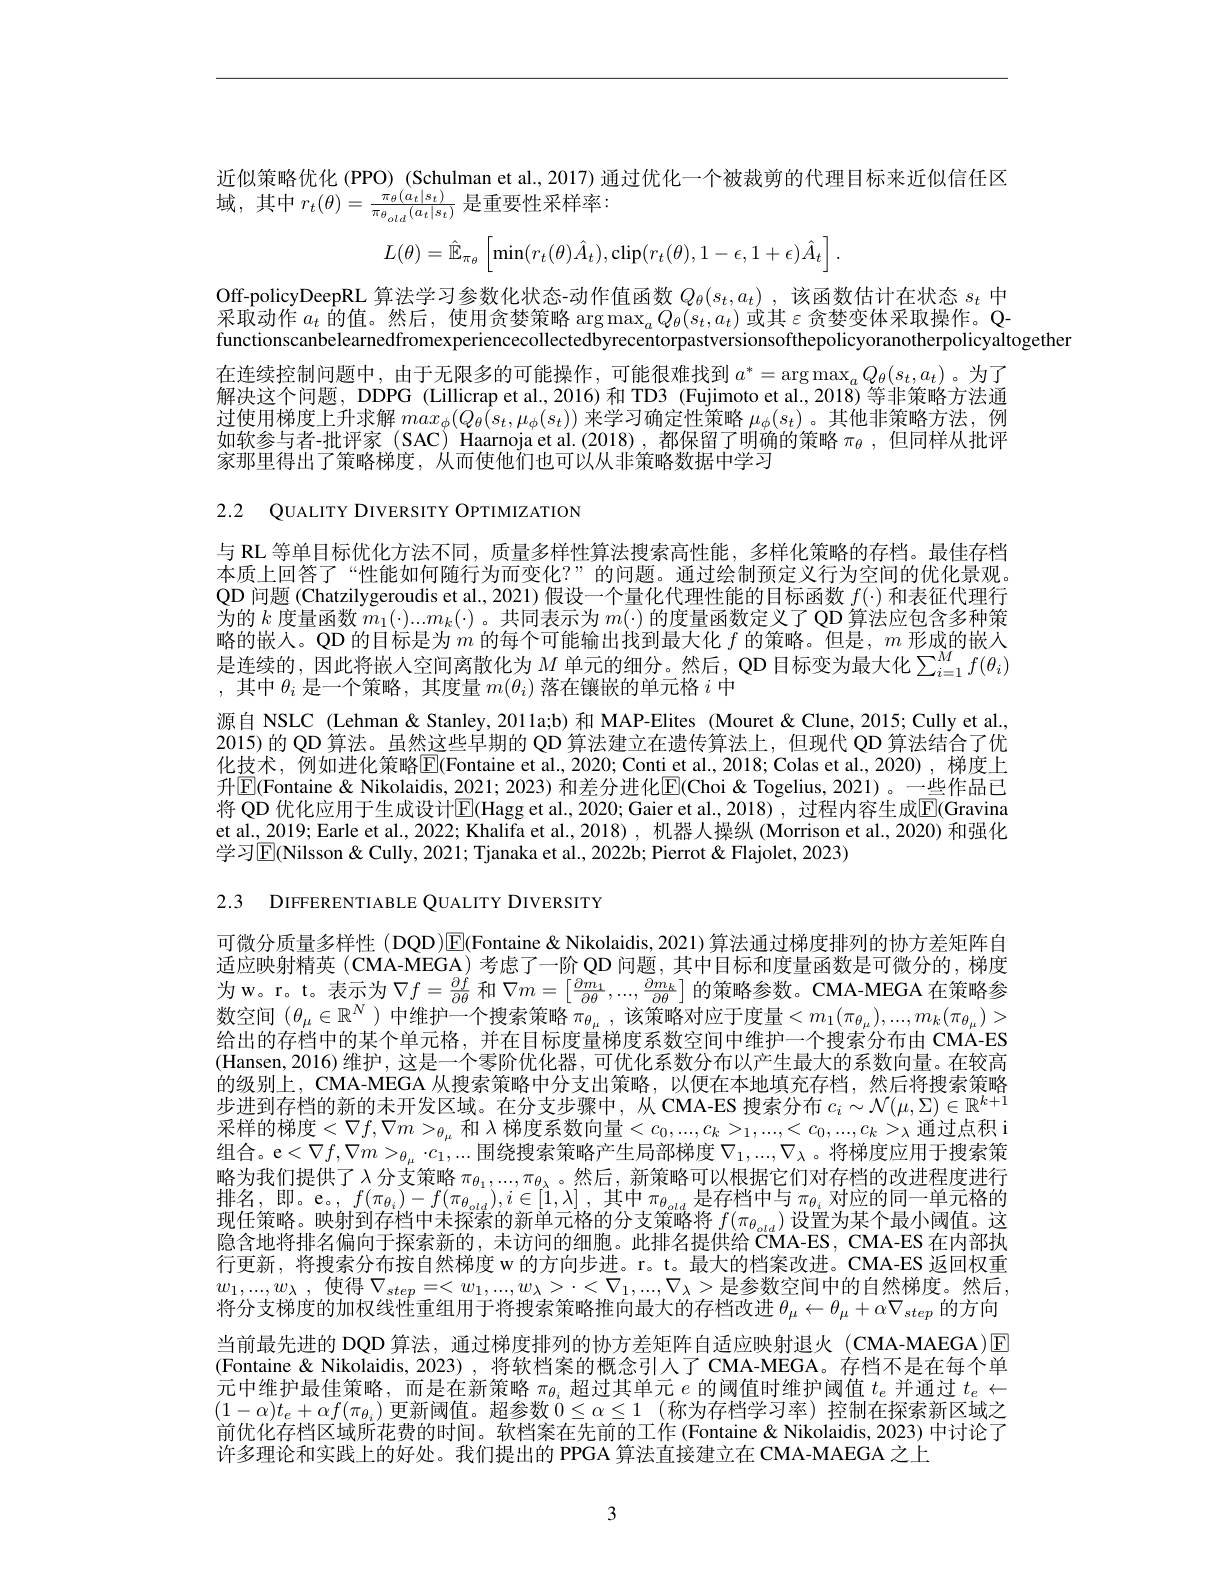
近似策略优化 (PPO) (Schulman et al.,2017) 通过优化一个被裁剪的代理目标来近似信任区
近 以 來 叫 几 代 (1,0)(0,0,0,0,1),0 域 , 其 中 $r_{t}( \theta ) = \frac {\pi _{\theta }( a_{t}| s_{t}) }{\pi _{\theta _{old}}( a_{t}| s_{t}) }$是 重 要 性 采 样 率 :
$$L(\theta)=\hat{\mathbb{E}}_{\pi_\theta}\left[\min(r_t(\theta)\hat{A}_t),\operatorname{clip}(r_t(\theta),1-\epsilon,1+\epsilon)\hat{A}_t\right].$$
Off-policyDeepRL 算法学习参数化状态-动作值函数$Q_\theta ( s_t, a_t)$ ,该函数估计在状态$s_t$中采取动作$a_t$的值。然后，使用贪婪策略$\arg\max_aQ_\theta(s_t,a_t)$或其$\varepsilon$贪婪变体采取操作。Qfunctionscanbelearnedfromexperiencecollectedbyrecentorpastversionsofthepolicyoranotherpolicyaltogether
在连续控制问题中，由于无限多的可能操作，可能很难找到$a^*=\arg\max_aQ_\theta(s_t,a_t)$。为了解决这个问题，DDPG (Lillicrap et al., 2016) 和 TD3 (Fujimoto et al., 2018) 等非策略方法通过使用梯度上升求解$max_\phi(Q_\theta(s_t,\mu_\phi(s_t))$来学习确定性策略$\mu_\phi(s_t)$ 。其他非策略方法，例如软参与者-批评家 (SAC) Haarnoja et al.(2018) ,都保留了明确的策略$\pi_\theta$,但同样从批评家那里得出了策略梯度，从而使他们也可以从非策略数据中学习

2.2 QUALITY DIVERSITY OPTIMIZATION

与 RL 等单目标优化方法不同，质量多样性算法搜索高性能，多样化策略的存档。最佳存档本质上回答了“性能如何随行为而变化？”的问题。通过绘制预定义行为空间的优化景观。QD 问题 (Chatzilygeroudis et al., 2021) 假设一个量化代理性能的目标函数$f(\cdot)$和表征代理行为的$k$度量函数$m_1(\cdot)...m_k(\cdot)$ 。共同表示为$m(\cdot)$的度量函数定义了 QD 算法应包含多种策略的嵌人。OD 的片标是为$m$的母个叫能输出找到最大化$f$的策略。但是，$m$形成的嵌人是连续的，因此将嵌人空间离散化为$M$ 单 元 的 细 分 。然 后 , QD 目 标 变 为 最 大 化 $\sum _{i= 1}^Mf( \theta _i)$ ,其中$\theta_i$是一个策略，其度量$m(\theta_i)$落在镶嵌的单元格$i$中
源自 NSLC (Lehman & Stanley, 201 la;b) 和 MAP-Elites (Mouret & Clune, 2015; Cully et al. 2015)的 QD 算法。虽然这些早期的 QD 算法建立在遗传算法上，但现代 QD 算法结合了优化技术，例如进化策略$\boxed{\mathrm{E}}($Fontaine et al., 2020; Conti et al., 2018; Colas et al., 2020) , 梯度上升$\mathbb{E}($Fontaine & Nikolaidis, 2021; 2023) 和差分进化$\mathbb{E}($Choi & Togelius, 2021)。一些作品已将 QD 优化应用于生成设计$\overline{\mathrm{E}}($Hagg et al.,2020; Gaier et al.,2018) , 过程内容生成$\underline{\mathrm{E}}($Gravina et al., 2019; Earle et al., 2022; Khalifa et al., 2018), 机器人操纵 (Morrison et al., 2020) 和强化学习$\mathbb{E}$(Nilsson & Cully, 2021; Tjanaka et al., 2022b; Pierrot & Flajolet, 2023)

2.3 DIFFERENTIABLE QUALITY DIVERSITY

可微分质量多样性 (DQD)$\boxed{\mathrm{F}}$(Fontaine & Nikolaidis, 2021) 算法通过梯度排列的协方差矩阵自适应映射精英 (CMA-MEGA) 考虑了一阶 QD 问题，其中目标和度量函数是可微分的，梯度为w。r。t。表示为$\nabla f=\frac{\partial f}{\partial\theta}$和$\nabla m=\left[\frac{\partial m_1}{\partial\theta},...,\frac{\partial m_k}{\partial\theta}\right]$的策略参数。CMA-MEGA 在策略参数空间$(\theta_\mu\in\mathbb{R}^N$ )中维护一个搜索策略$\pi_\theta_\mu$,该策略对应于度量$<m_1(\pi_{\theta_\mu}),...,m_k(\pi_{\theta_\mu})>$ 给出的存档中的某个单元格，并在目标度量梯度系数空间中维护一个搜索分布由 CMA-ES (Hansen,2016) 维护，这是一个零阶优化器，可优化系数分布以产生最大的系数向量。在较高的 级 别 上 , CMA- MEGA 从 搜 索 策 略 中 分 支 出 策 略 , 以 便 在 本 地 填 充 存 档 , 然 后 将 搜 索 策 略 步 进 到 存 档 的 新 的 未 开 发 区 域 。在 分 支 步 骤 中 , 从 CMA- ES 搜 索 分 布 $c_i\sim \mathcal{N} ( \mu , \Sigma ) \in \mathbb{R} ^{k+ 1}$ 平 洋 的 梯 市 $< \nabla f\left . \nabla _{m\geq 1}- \text{和 }\right )$ 梯 审 系 数 向 量 $\leq c_i= c_i= c_i= c_i= c_i= c_i= c_i= c_i= c_i= c_i= c_i= c_i= c_i= c_i= c_i= c_i= c_i= c_i= c_i= c_i= c_i= c_i= c_i= c_i= c_i.$ 平 洋 的采样的梯度$<\nabla f,\nabla m>_\theta_\mu$ 和 $\lambda$ 梯度系数向量$<c_0,...,c_k>_1,...,<c_0,...,c_k>_\lambda$ 通过点积 i 组合。e$<\nabla f,\nabla m>_\theta_\mu\cdot c_1,...$围绕搜索策略产生局部梯度$\nabla_1,...,\nabla_\lambda$。将梯度应用于搜索策略为我们提供了$\lambda$分支策略 $\pi_{\theta_1},...,\pi_{\theta_\lambda}$。然后，新策略可以根据它们对存档的改进程度进行排名，即。e。$,f(\pi_{\theta_i})-f(\pi_{\theta_{old}}),i\in[\hat{1},\lambda]$,其中$\pi_\theta_{old}$是存档中与$\pi_{\theta_i}$对应的同一单元格的现任策略。映射到存档中未探索的新单元格的分支策略将$f(\pi_{\theta_{old}})$设置为某个最小阈值。这隐含地将排名偏向于探索新的，未访问的细胞。此排名提供给 CMA-ES, CMA-ES 在内部执行更新，将搜索分布按自然梯度 w 的方向步进。r。t。最大的档案改进。CMA-ES 返回权重$w_1, . . . , w_\lambda$ , 使得 $\nabla_step=<w_1,...,w_\lambda>\cdot<\nabla_1,...,\nabla_\lambda>$是参数空间中的自然梯度。然后， 将分支梯度的加权线性重组用于将搜索策略推向最大的存档改进$\theta_\mu\leftarrow\theta_\mu+\alpha\nabla_{step}$的方向当前最先进的 DQD 算法，通过梯度排列的协方差矩阵自适应映射退火 (CMA-MAEGA)[E] (Fontaine & Nikolaidis, 2023), 将软档案的概念引人了 CMA-MEGA。存档不是在每个单元中维护最佳策略，而是在新策略$\pi_{\theta_i}$超过其单元$e$的阈值时维护阈值$t_e$并通过$t_e\leftarrow$ $(1-\alpha)t_e+\alpha f(\pi_{\theta_i})$ 更新阈值。超参数 $\dot{0} \leq \alpha \leq 1$ (称为存档学习率) 控制在探索新区域之前优化存档区域所花费的时间。软档案在先前的工作 (Fontaine & Nikolaidis, 2023) 中讨论了许多理论和实践上的好处。我们提出的 PPGA 算法直接建立在 CMA-MAEGA 之上

3